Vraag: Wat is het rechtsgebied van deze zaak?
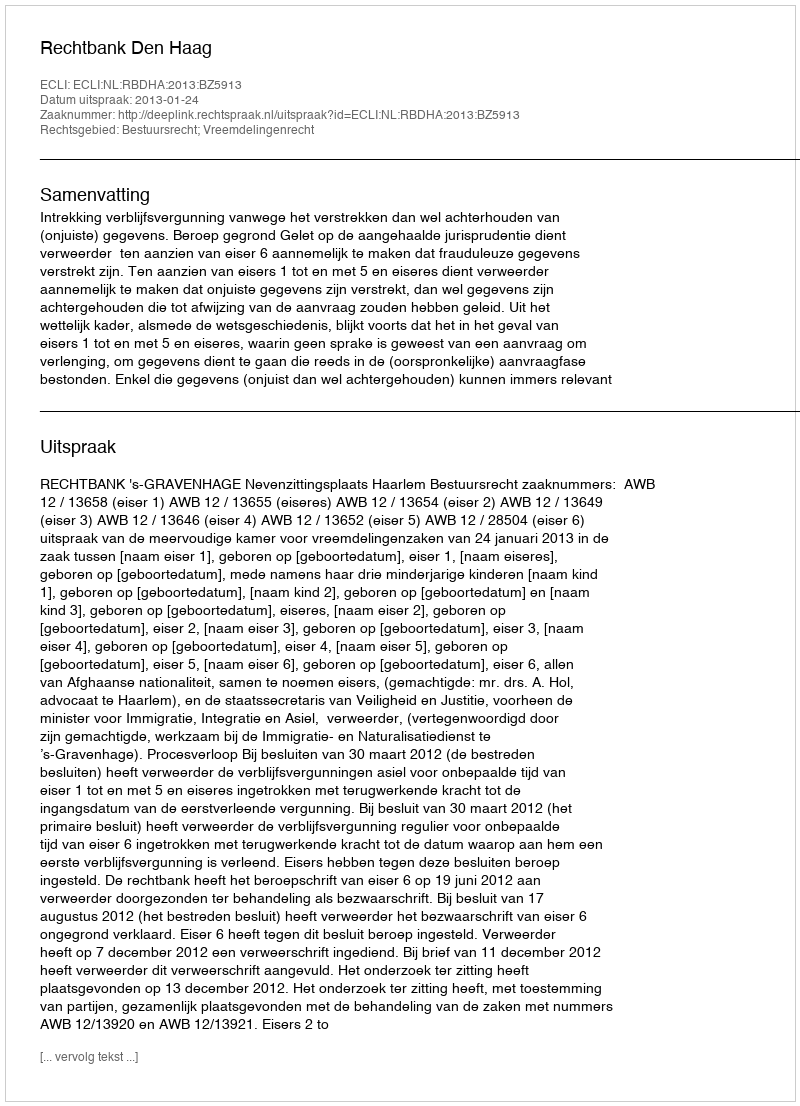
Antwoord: Bestuursrecht; Vreemdelingenrecht